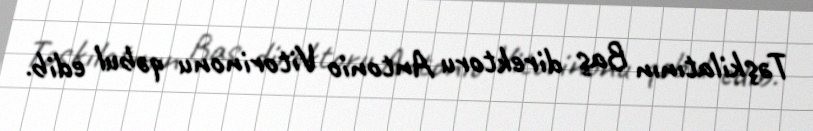
Təşkilatının Baş direktoru Antonio Vitorinonu qəbul edib.